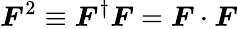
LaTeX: \boldsymbol{F}^{2}\equiv\boldsymbol{F}^{\dagger}\boldsymbol{F}=\boldsymbol{F}\cdot\boldsymbol{F}